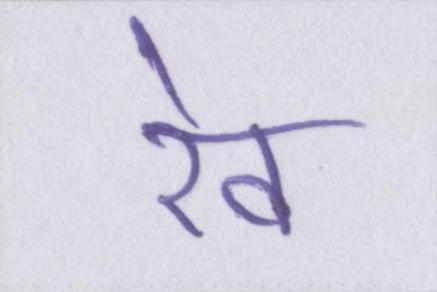
रेव